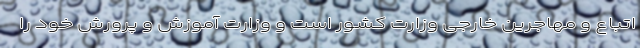
اتباع و مهاجرین خارجی وزارت کشور است و وزارت آموزش و پرورش خود را